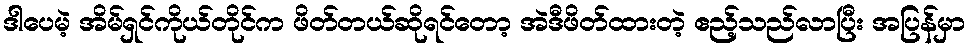
ဒါပေမဲ့ အိမ်ရှင်ကိုယ်တိုင်က ဖိတ်တယ်ဆိုရင်တော့ အဲဒီဖိတ်ထားတဲ့ ဧည့်သည်လာပြီး အပြန်မှာ